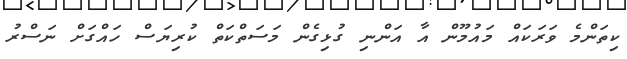
ކިތަންމެ ވަރަކައް މައުމޫން އާ އަންނި ގުޅިގެން މަސަތްކަތް ކުރިޔަސް ހައްގަށް ނަސްރު